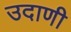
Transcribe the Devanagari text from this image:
उदाणी